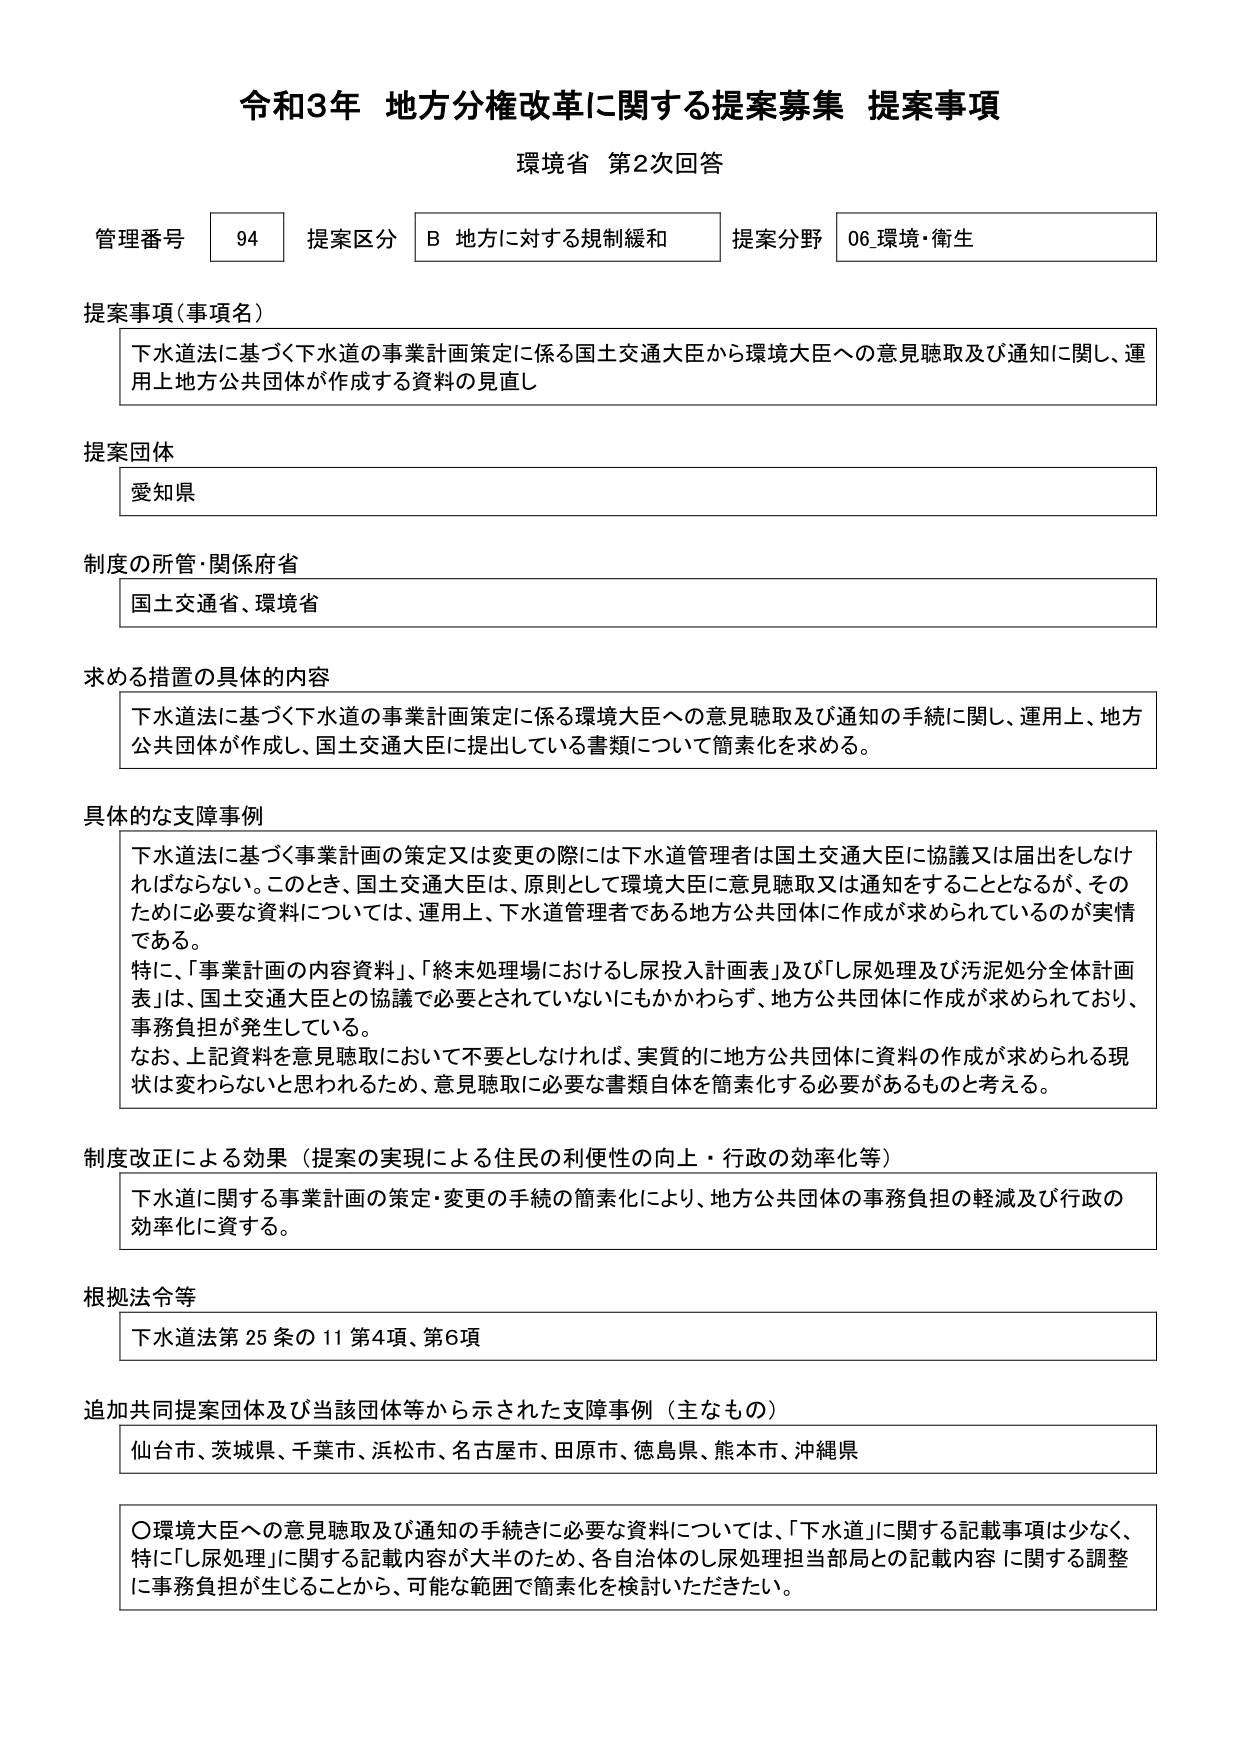
令和3年 地方分権改革に関する提案募集 提案事項
環境省 第2次回答

管理番号 94 提案区分 B 地方に対する規制緩和 提案分野 06 環境・衛生

提案事項（事項名）
下水道法に基づく下水道の事業計画策定に係る国土交通大臣から環境大臣への意見聴取及び通知に関し、運用上地方公共団体が作成する資料の見直し

提案団体
愛知県

制度の所管・関係府省
国土交通省、環境省

求める措置の具体的内容
下水道法に基づく下水道の事業計画策定に係る環境大臣への意見聴取及び通知の手続に関し、運用上、地方公共団体が作成し、国土交通大臣に提出している書類について簡素化を求める。

具体的な支障事例
下水道法に基づく事業計画の策定又は変更の際には下水道管理者は国土交通大臣に協議又は届出をしなければならない。このとき、国土交通大臣は、原則として環境大臣に意見聴取又は通知をすることとなるが、そのために必要な資料については、運用上、下水道管理者である地方公共団体に作成が求められているのが実情である。
特に、「事業計画の内容資料」、「終末処理場におけるし尿投入計画表」及び「し尿処理及び汚泥処分全体計画表」は、国土交通大臣との協議で必要とされていないにもかかわらず、地方公共団体に作成が求められており、事務負担が発生している。
なお、上記資料を意見聴取において不要としなければ、実質的に地方公共団体に資料の作成が求められる現状は変わらないと思われるため、意見聴取に必要な書類自体を簡素化する必要があるものと考える。

制度改正による効果（提案の実現による住民の利便性の向上・行政の効率化等）
下水道に関する事業計画の策定・変更の手続の簡素化により、地方公共団体の事務負担の軽減及び行政の効率化に資する。

根拠法令等
下水道法第25条の11第4項、第6項

追加共同提案団体及び当該団体等から示された支障事例（主なもの）
仙台市、茨城県、千葉市、浜松市、名古屋市、田原市、徳島県、熊本市、沖縄県

〇環境大臣への意見聴取及び通知の手続きに必要な資料については、「下水道」に関する記載事項は少なく、特に「し尿処理」に関する記載内容が大半のため、各自治体のし尿処理担当部局との記載内容に関する調整に事務負担が生じることから、可能な範囲で簡素化を検討いただきたい。